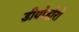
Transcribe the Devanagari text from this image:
डीयोडोरो